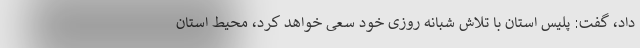
داد، گفت: پلیس استان با تلاش شبانه روزی خود سعی خواهد کرد، محیط استان